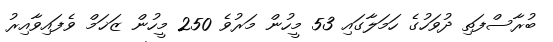
ބުރާސްފަތި ދުވަހުގެ ހަމަލާގައި 53 މީހުން މަރުވެ 250 މީހުން ޒަޚަމް ވެފައިވާއިރު